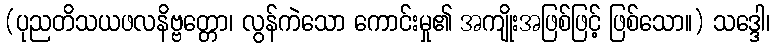
(ပုညတိသယဖလနိဗ္ဗတ္တော၊ လွန်ကဲသော ကောင်းမှု၏ အကျိုးအဖြစ်ဖြင့် ဖြစ်သော။) သဒ္ဒေါ၊